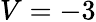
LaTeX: V=-3